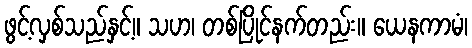
ဖွင့်လှစ်သည်နှင့်။ သဟ၊ တစ်ပြိုင်နက်တည်း။ ယေနကာမံ၊